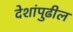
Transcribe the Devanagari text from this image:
देशांपुढील